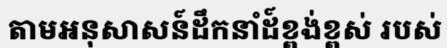
តាមអនុសាសន៍ដឹកនាំដ៍ខ្ពង់ខ្ពស់ របស់